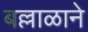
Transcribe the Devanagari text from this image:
बल्लाळाने